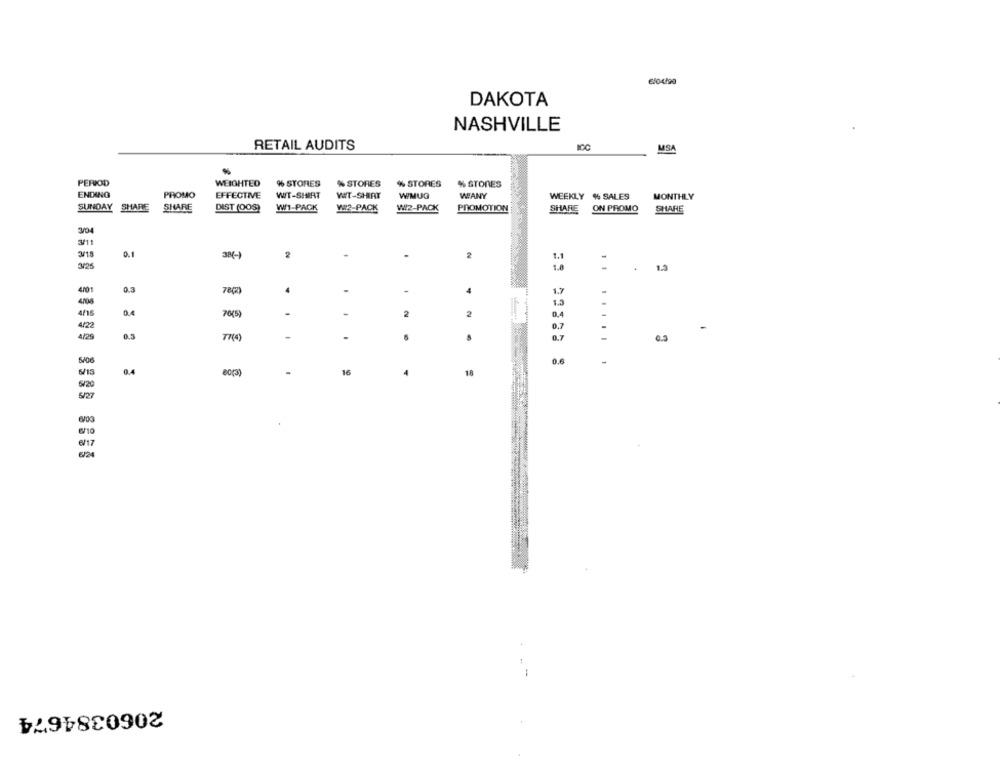
6/04/90
DAKOTA
NASHVILLE
RETAIL AUDITS
MSA
PERIOD
WEIGHTED
% STORES
% STORES
% STORES
% STORES
ENDING
PROMO
EFFECTIVE
WWT-SHIRT
WT-SHIRT
WMUG
WANY
WEEKLY %% SALES
MONTHLY
SUNDAY SHARE
SHARE
DIST (00S)
W1-PACK
WW2-PACK
W2-PACK
PROMOTION
SHARE
ON PROMO
SHARE
3/04
911
3/18
0.1
38(-)
2
-
2
1.1
3426
1.3
4101
78(2)
4
4
1.7
.
1.2
4/15
0,4
70(5)
2
2
0,4
4/22
-
0.5
TR(4)
-
-
0.3
.
0.6
5/13
0.4
16
4
18
6/20
6/17
¥24
2060384674